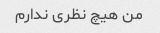
من هیچ نظری ندارم